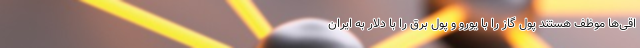
اقی‌ها موظف هستند پول گاز را با یورو و پول برق را با دلار به ایران